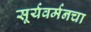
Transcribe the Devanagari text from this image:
सूर्यवर्मनचा